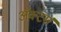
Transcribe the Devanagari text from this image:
ॲक्टर्स